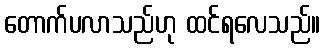
တောက်ပလာသည်ဟု ထင်ရလေသည်။